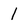
Character: l